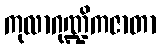
ကုလာဂုဏ္ဍိကဇာတာ